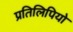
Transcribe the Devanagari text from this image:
प्रतिलिपियो